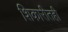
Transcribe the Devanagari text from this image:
शिकारीतही